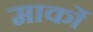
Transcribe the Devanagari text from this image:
मार्को